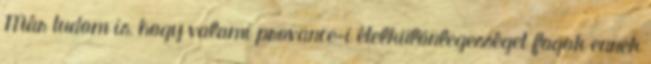
Már tudom is, hogy valami provance-i ételkülönlegességet fogok ennek